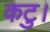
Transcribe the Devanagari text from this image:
कटु।